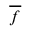
\overline { { f } }